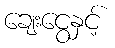
ချေးငွေနှင့်